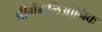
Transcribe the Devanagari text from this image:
प्रीगैंगलिओनिक